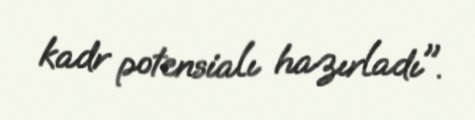
kadr potensialı hazırladı".